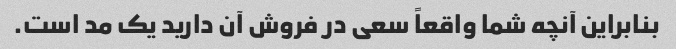
بنابراین آنچه شما واقعاً سعی در فروش آن دارید یک مد است.